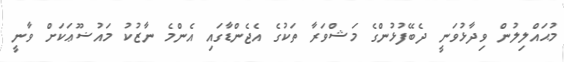
މުޙައްލިލުން ވިދާޅުވަނީ ދެބޭފުޅުންގެ މަޝްވަރާ ތަކުގެ އެޖެންޑާގައި އެންމެ ނާޒުކު މައުޟޫޢަކަށް ވާނީ